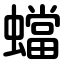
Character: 蟷